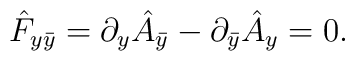
\hat F_{y\bar y}=\partial_y \hat A_{\bar y}-\partial_{\bar y}\hat A_y=0.